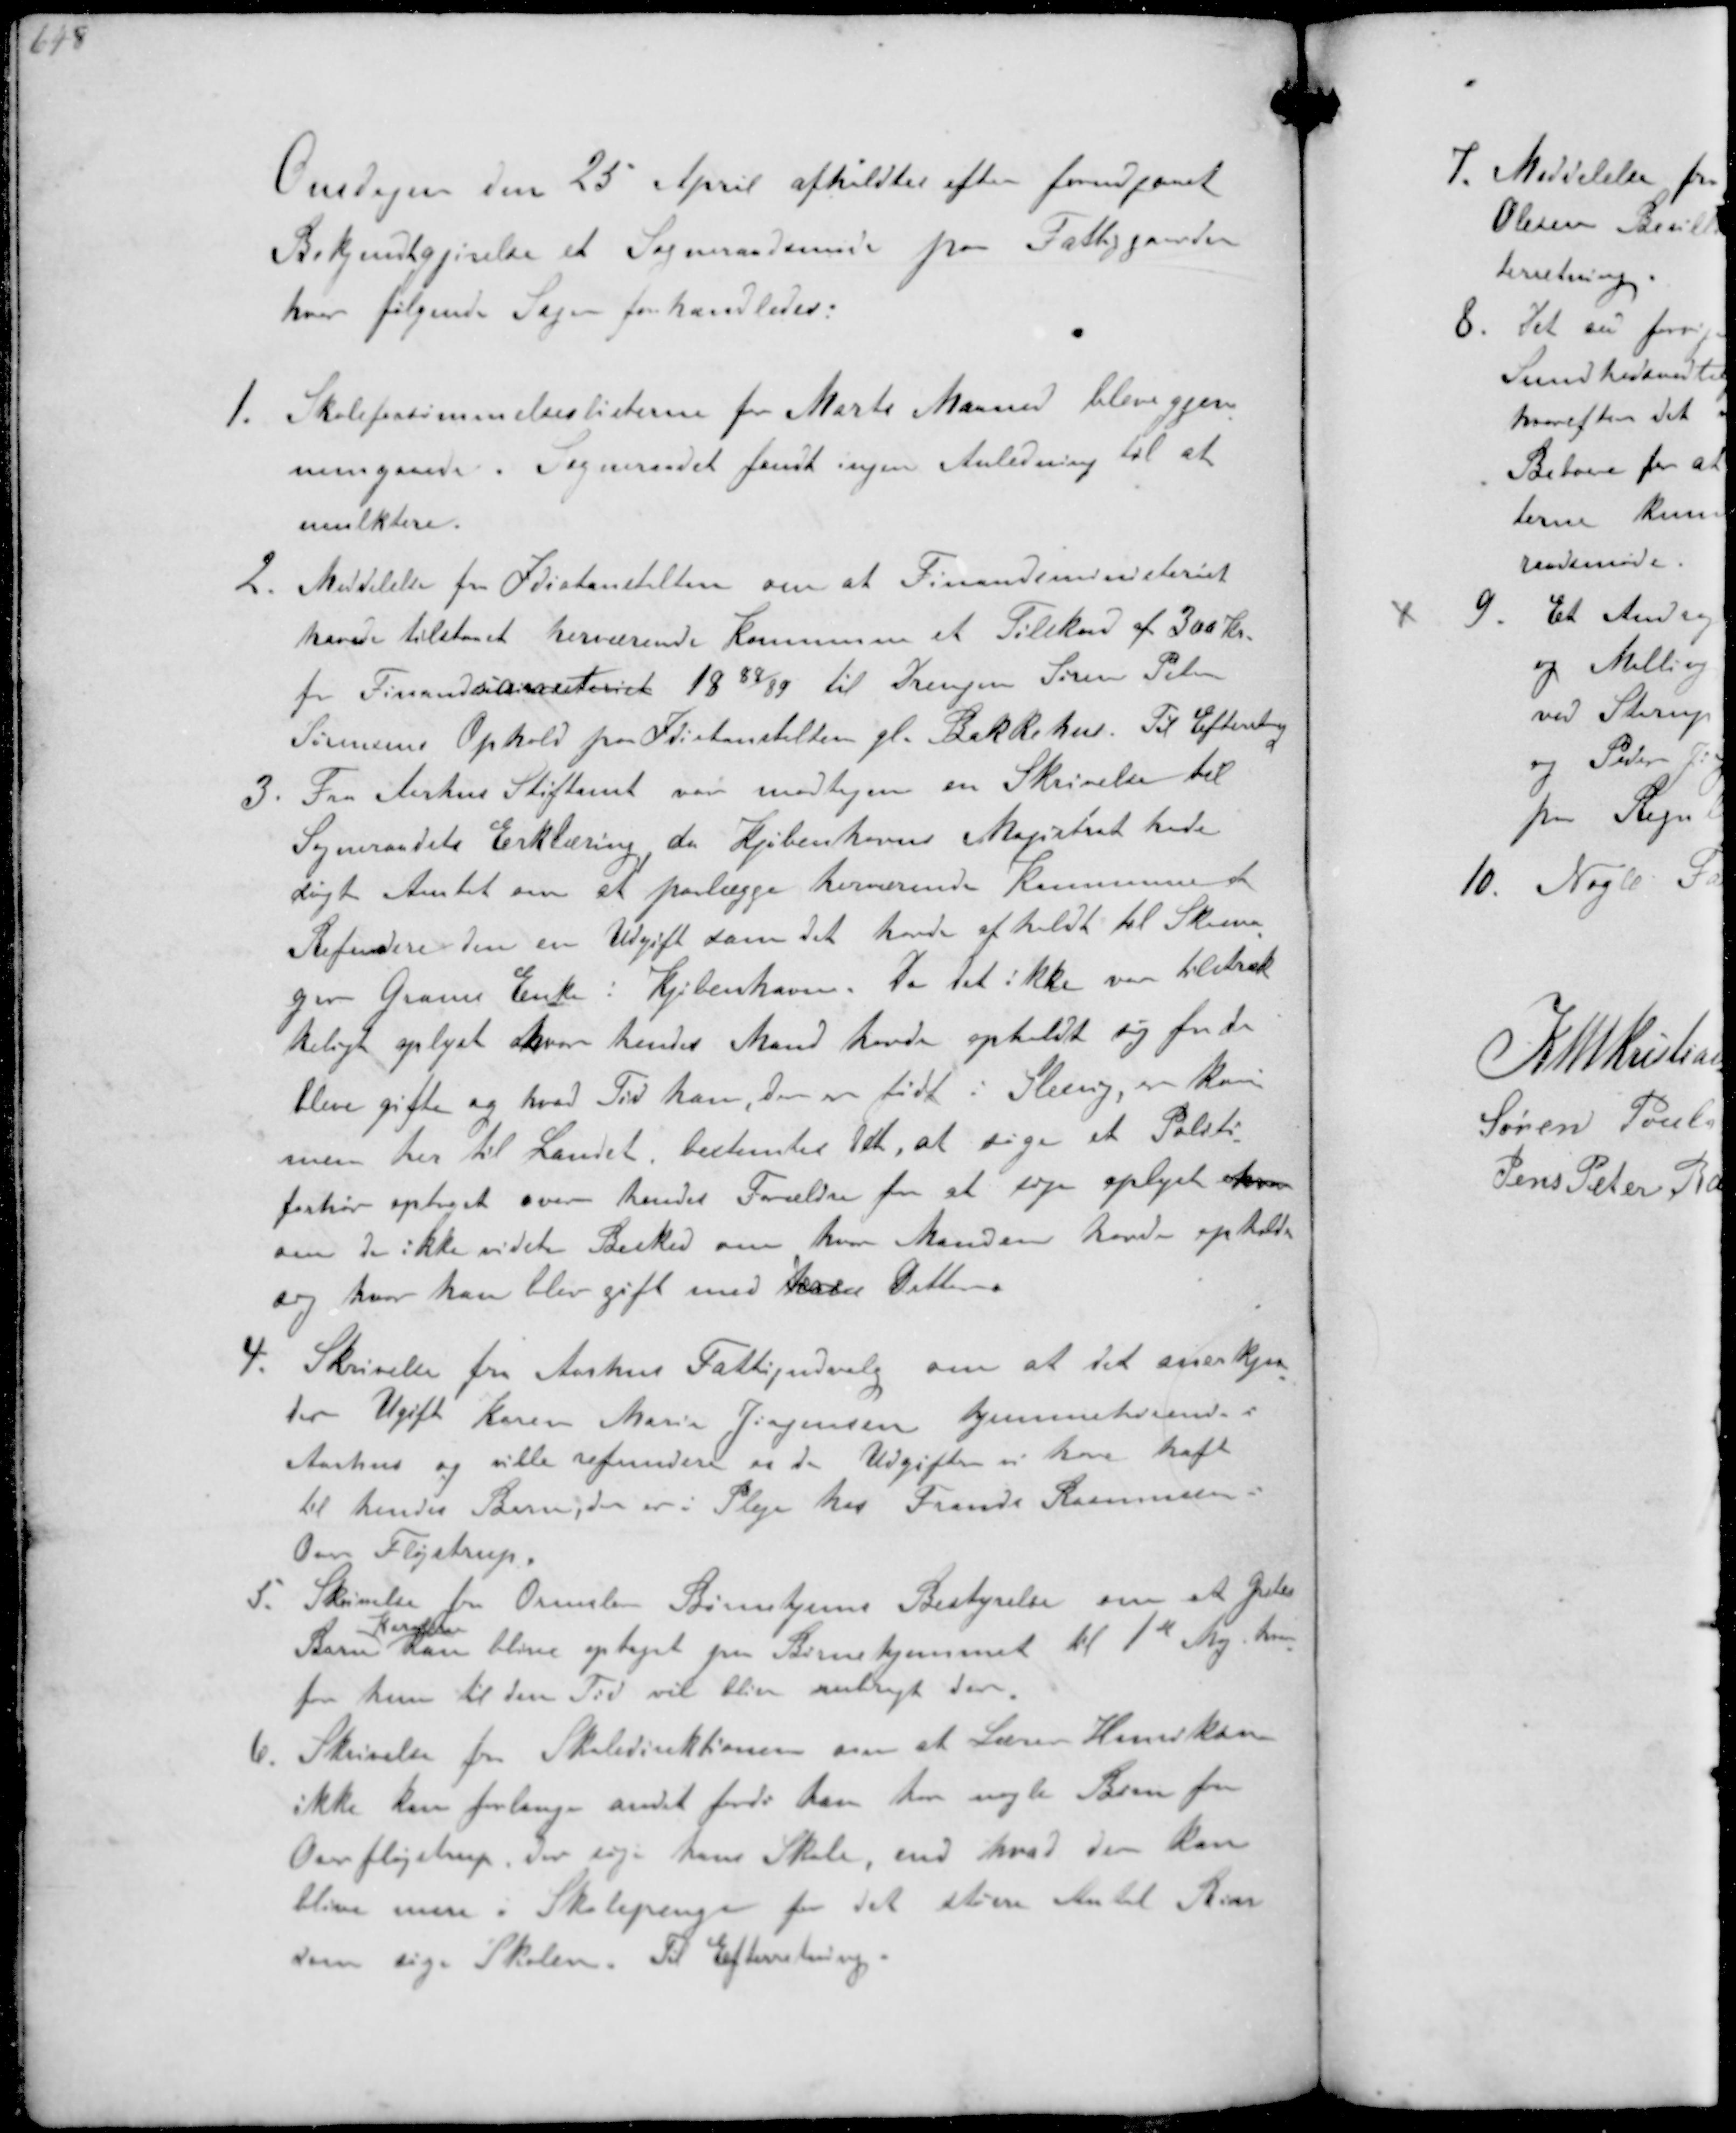
Transskription:
Onsdagen den 25 April afholdtes efter forudgaaet
Bekjentgjørelse et Sogneraadsmøde paa Fattiggaarden
hvor følgende Sager forhandledes:
1. Skoleforsømmelseslisterne for Marts Maaned bleve gjen-
nemgaaede. Sogneraadet fast ingen Anledning til at
mulktere
2. Meddelelse fra Idiotanstalten om at Finansministeriet
havde tilstaaet herværende Kommunen et Tilskud af 300 Kr.
for Finansaaret risk 1988/99 til Drengen Søren Peter
Sørensens Ophold paa Idiotanstalten gl. Bakkehus. Til Efterretning
3. Fra Aarhus Stiftamt var modtagen en Skrivelse til
Sogneraadets Erklæring da Kjøbenhavns Magistrat havde
søgt Amtet om at paalægge herværende Kommune at
Refundere den en Udgift som det havde afholdt til Skoma-
ger Grams Enke i Kjøbenhavn. Da det ikke var tilstræk-
keligt oplyst hvor hendes Mand havde opholdt sig før de
bleve gifte og hvad Tid han, der er født i Slesvig er kom-
men her til Landet bestemtes det, at søge et Politi-
forhør oplyst over hendes Forældre for at søge oplyst hvem
om de ikke vidste Besked om hvor Manden havde opholdt
sig hvor han blev gift med  Datteren
4. Skrivelse fra Aarhus Fattigudvalg om at det anerkjen-
der Ugift Karen Marie Jørgensen hjemmehørende i
Aarhus og ville refundere os de Udgifter vi have haft
til hendes Barn, der er i Pleje hos Frands Rasmussen
Over Fløjstrup.
5. Skrivelse fra Ormslev Børnehjems Bestyrelse om at A Gretes
Barn
Karen
kan blive optaget paa Børnehjemmet til 1st Maj hvor-
for hun til den Tid vil blive anbragt der
6. Skrivelse fra Skoledirektionen om at Lærer Henriksen
ikke kan forlange andet fordi han har nogle Børn fra
Over Fløjstrup, der søge hans Skole, end hvad der kan
blive mere i Skolepenge for det større Antal Børn
som søger Skolen. Til Efterretning